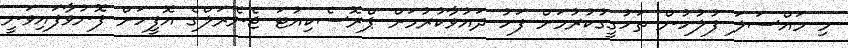
މި މައްސަލަ ފުލުހުން ތަހުގީގުކުރުމަށް ފަހު ދައުވާކުރުމަށް ޕްރޮސެކިއުޓަ ޖެނެރަލްގެ އޮފީހަށް ފޮނުވާފައިވަނީ